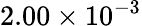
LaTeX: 2.00\times 10^{-3}